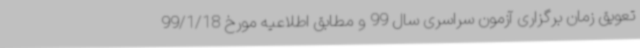
تعویق زمان برگزاری آزمون سراسری سال 99 و مطابق اطلاعیه مورخ 99/1/18